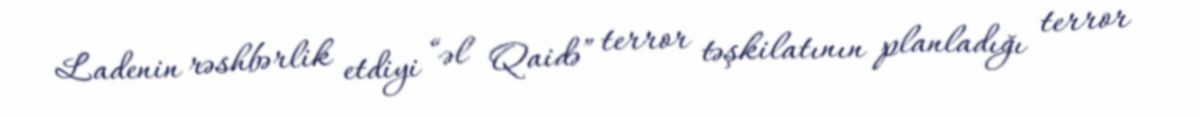
Ladenin rəshbərlik etdiyi “əl Qaidə” terror təşkilatının planladığı terror